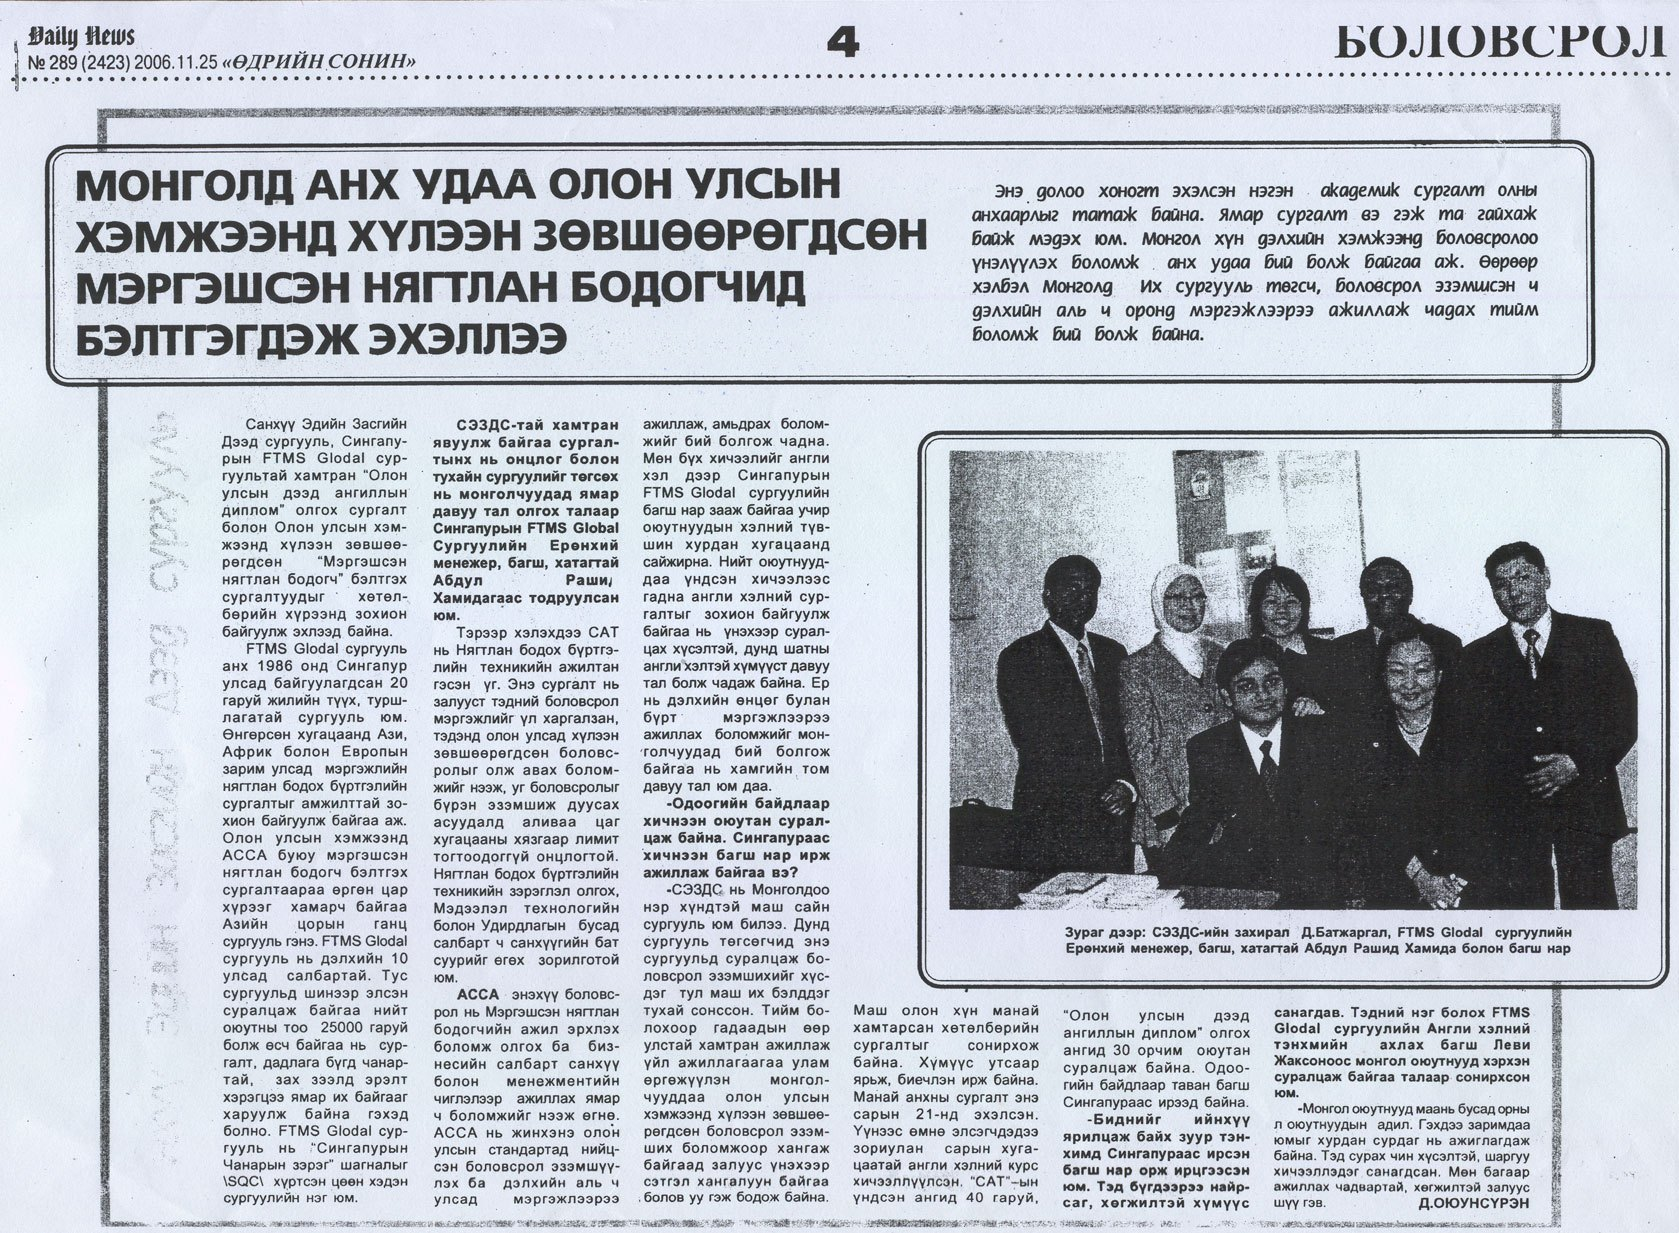
Language: mn